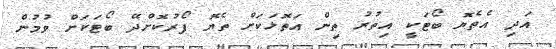
އަދި އެތެޔޮ ބޯޓަކީ އިތުރު ތިން އަތޮޅަކަށް ތެޔޮ ފޯރުކޮށްދޭ ބޯޓަކަށް ވުމުން